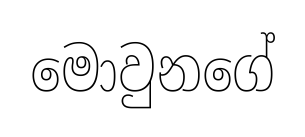
මොවුනගේ